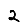
Digit: 2